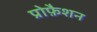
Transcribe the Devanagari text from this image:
प्रोफ़ैशन